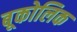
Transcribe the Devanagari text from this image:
बूकोलिक